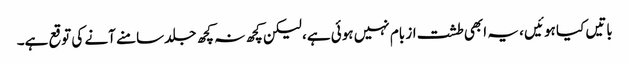
باتیں کیا ہوئیں ، یہ ابھی طشت از بام نہیں ہوئی ہے، لیکن کچھ نہ کچھ جلد سامنے آنے کی توقع ہے۔